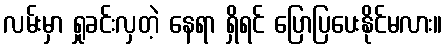
လမ်းမှာ ရှုခင်းလှတဲ့ နေရာ ရှိရင် ပြောပြပေးနိုင်မလား။